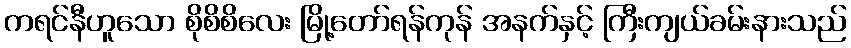
ကရင်နီဟူသော စိုစိစိလေး မြို့တော်ရန်ကုန် အနက်နှင့် ကြီးကျယ်ခမ်းနားသည်